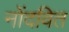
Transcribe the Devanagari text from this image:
नोंदवित